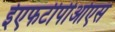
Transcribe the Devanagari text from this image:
ईएफटीपीओएस